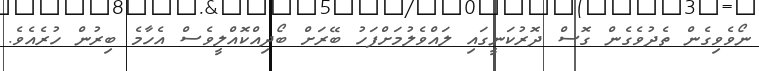
ނޯވެވިގެން ތެދުވެގެން ގޮސް ދޮރުކަނީގައި ލައްވެލުމަށްފަހު ބޭރަށް ބޯދިއްކޮއްލީވެސް އެހާމެ ބިރުން ހުރެއެވެ.